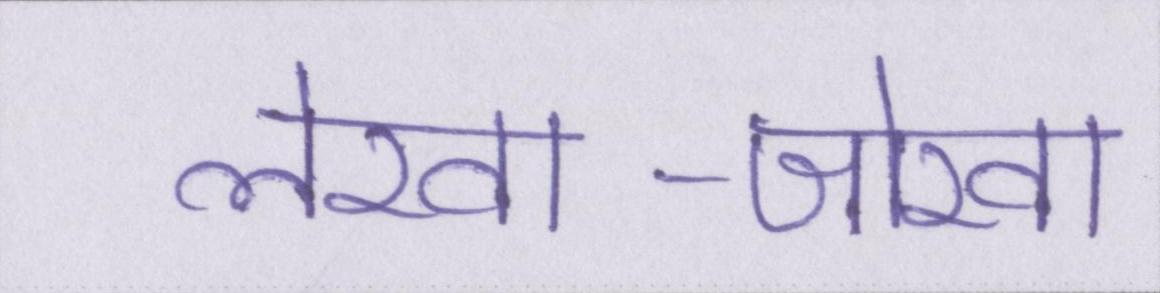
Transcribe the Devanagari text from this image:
लेखा-जोखा